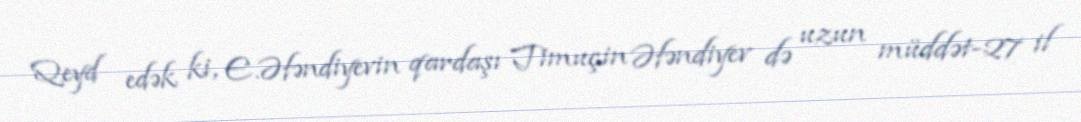
Qeyd edək ki, E.Əfəndiyevin qardaşı Timuçin Əfəndiyev də uzun müddət-27 il